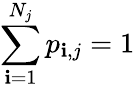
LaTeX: \sum_{\mathbf{i}=1}^{N_{j}}p_{\mathbf{i},j}=1